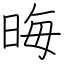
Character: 晦